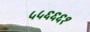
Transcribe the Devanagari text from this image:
५५६६६१